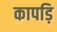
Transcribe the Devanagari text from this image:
कापड़ि